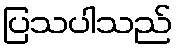
ပြသပါသည်